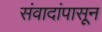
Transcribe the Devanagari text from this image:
संवादांपासून